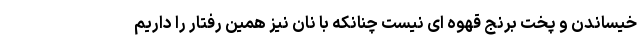
خیساندن و پخت برنج قهوه ای نیست چنانکه با نان نیز همین رفتار را داریم